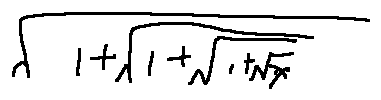
\sqrt { 1 + \sqrt { 1 + \sqrt { 1 + \sqrt { x } } } }